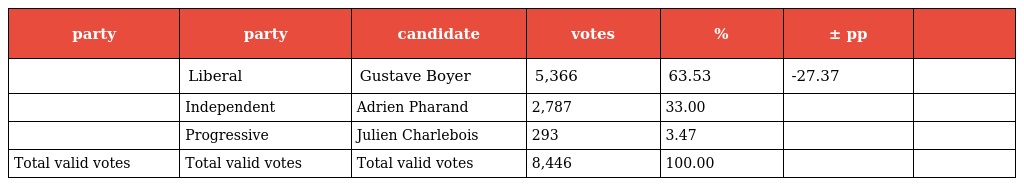
| party | party | candidate | votes | % | ± pp |  |
 | --- | --- | --- | --- | --- | --- | --- |
 |  | Liberal | Gustave Boyer | 5,366 | 63.53 | -27.37 |  |
 |  | Independent | Adrien Pharand | 2,787 | 33.00 |  |  |
 |  | Progressive | Julien Charlebois | 293 | 3.47 |  |  |
 | Total valid votes | Total valid votes | Total valid votes | 8,446 | 100.00 |  |  |